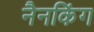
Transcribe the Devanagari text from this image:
नैनकिंग